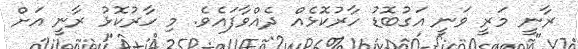
ރާނީ މަރީ ވަނީ އަގުބޮޑު ހާރުކޮޅެއް ދެއްވާފައެވެ. މި ހާރުކޮޅު ރާނީ އަށް